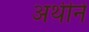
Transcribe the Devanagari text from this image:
अथीने